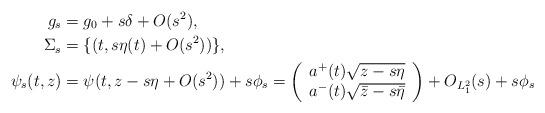
LaTeX: \begin{align*}g_s&=g_0+s\delta+O(s^2),\\\Sigma_s&=\{(t,s\eta(t)+O(s^2))\},\\\psi_s(t,z)&=\psi(t,z-s\eta+O(s^2))+s\phi_s=\left(\begin{array}{c}a^+(t)\sqrt{z-s\eta}\\a^-(t)\sqrt{\bar{z}-s\bar{\eta}}\end{array}\right)+O_{L^2_1}(s)+s\phi_s\end{align*}